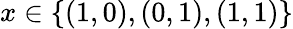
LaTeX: x\in\{ (1,0),(0,1),(1,1)\}